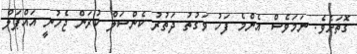
ގޮތަށެވެ. ނަމަވެސް އެންމެ ފަހު ވަގުތު ދަތުރު ކެންސަލް ކުރަން ޖެހުނީ އައްޕަލް